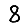
Digit: 8